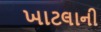
ખાટલાની